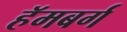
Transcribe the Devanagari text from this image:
हॅमबर्ग